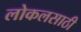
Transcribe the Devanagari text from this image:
लोकलसाठी